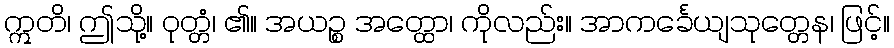
ဣတိ၊ ဤသို့။ ဝုတ္တံ၊ ၏။ အယဉ္စ အတ္ထော၊ ကိုလည်း။ အာကင်္ခေယျသုတ္တေန၊ ဖြင့်။